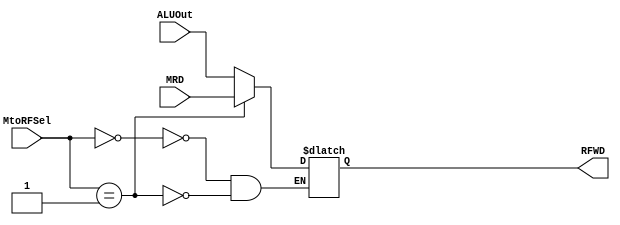
module Mux3(MRD, ALUOut, MtoRFSel,RFWD);
/*
Mux3 M3(.DMRD(DMRD),.C(C),.MtoRFSel(MtoRFSel),.RFWD(RFWD));
*/
input [1:0] MtoRFSel;
input wire [31:0] MRD, ALUOut;
output reg [31:0] RFWD;
always @(*)
begin
 case(MtoRFSel)
 0: RFWD = ALUOut;
 1: RFWD = MRD;
 endcase
end
endmodule